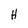
Character: H